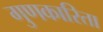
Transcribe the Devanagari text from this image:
गुणकारिता